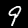
Label: 9